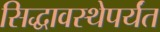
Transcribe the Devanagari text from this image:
सिद्धावस्थेपर्यंत